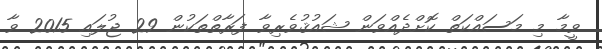
ވީމާ މި މަސައްކަތް ކޮށްދެއްވަން ޝައުޤުވެރިވާ ފަރާތްތަކުން 29 ޖުލައި 2015 ވާ